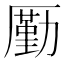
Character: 𠪲